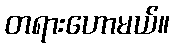
တရားဟောမယ်။